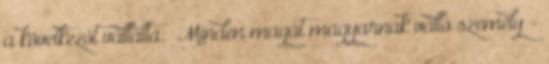
a következőt vállalta: „Minden magát magyarnak valló személy -